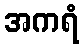
အကရံ